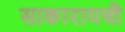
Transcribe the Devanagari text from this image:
साकारायची